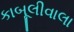
કાબૂલીવાલા